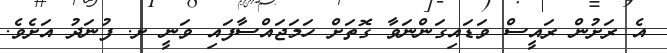
އެ ރަށުން ރައީސް ވަޑައިގަންނަވާ ގޮތަށް ހަމަޖައްސާފައި ވަނީ ށ. ފުނަދު އަށެވެ.